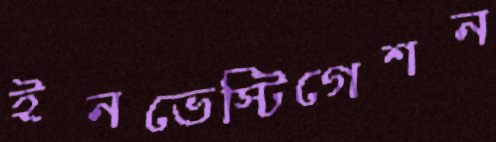
ইনভেস্টিগেশন